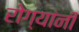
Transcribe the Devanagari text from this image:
रोग्यांनी